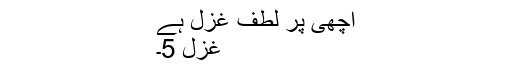
اچھی پر لطف غزل ہے
غزل 5۔